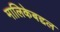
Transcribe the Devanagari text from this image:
मालिकेबद्दल